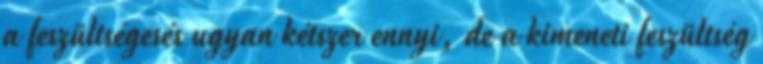
a feszültségesés ugyan kétszer ennyi, de a kimeneti feszültség